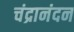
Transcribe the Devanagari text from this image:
चंद्रानंदन